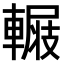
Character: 𨍺